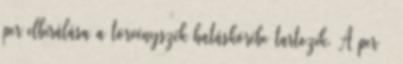
per elbírálása a törvényszék hatáskörébe tartozik. A per –